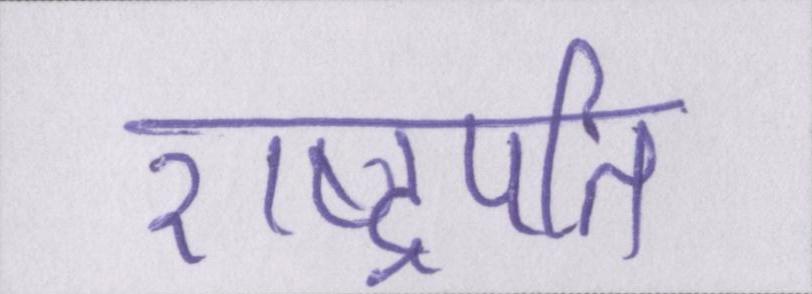
राष्ट्रपति